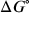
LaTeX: \Delta G ^ { \circ }